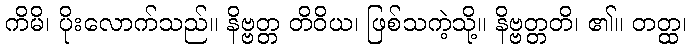
ကိမိ၊ ပိုးလောက်သည်။ နိဗ္ဗတ္တ တိဝိယ၊ ဖြစ်သကဲ့သို့။ နိဗ္ဗတ္တတိ၊ ၏။ တတ္ထ၊